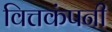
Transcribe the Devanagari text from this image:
वित्तकंपनी